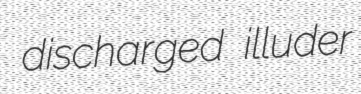
discharged illuder